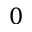
0